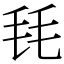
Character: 㲎